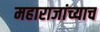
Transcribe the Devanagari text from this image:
महाराजांच्याच